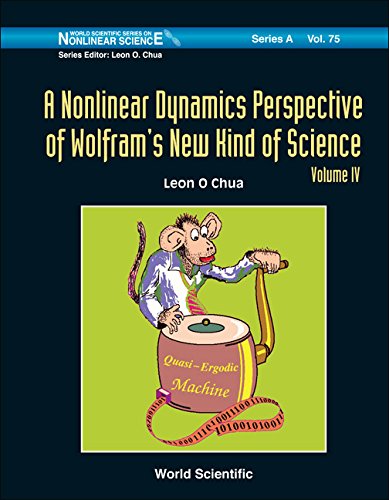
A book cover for A Nonlinear Dynamics Perspective of Wolfram's New Kind of Science (World Scientific Series on Nonlinear Science: Series a); Leon O. Chua; Science & Math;